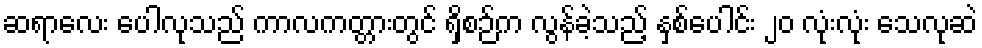
ဆရာလေး ပေါလုသည် ကာလကတ္တားတွင် ရှိစဉ်က လွန်ခဲ့သည့် နှစ်ပေါင်း ၂၀ လုံးလုံး သေလုဆဲ